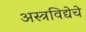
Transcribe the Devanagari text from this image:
अस्त्रविद्येचे